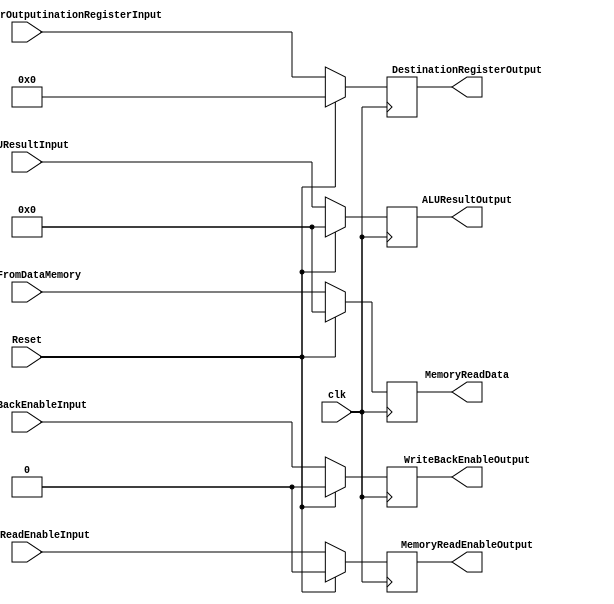
        module MemoryToWriteBackPipelineRegister (
		//inputs
		clk, 
		Reset, 
		//Write Back enable
		WriteBackEnableInput,
		//Data going to DestinationRegisterOutputinationRegisterInputation register came from memory not directly from ALU ex(Load)
		MemoryReadEnableInput,
		//Passing  ALU Result incase result is written into DestinationRegisterOutputinationRegisterInputation register directly from ALU
		ALUResultInput, 
		//Data coming from data memory
		DataFromDataMemory, 
		//DestinationRegisterOutputinationRegisterInputation register if there is a write back
		//egry warahaaaa
		DestinationRegisterOutputinationRegisterInput,
       // Outputs
		WriteBackEnableOutput,    
        
		MemoryReadEnableOutput,    
        
		ALUResultOutput,   
        
		MemoryReadData, 
		
        DestinationRegisterOutput);

  input clk, Reset;
  input WriteBackEnableInput, MemoryReadEnableInput;
  input [4:0] DestinationRegisterOutputinationRegisterInput;
  input [31:0] ALUResultInput, DataFromDataMemory;

  output reg WriteBackEnableOutput, MemoryReadEnableOutput;
  output reg [4:0] DestinationRegisterOutput;
  output reg [31:0] ALUResultOutput, MemoryReadData;

  always @ (posedge clk) begin
    if (!Reset) begin
    
      WriteBackEnableOutput <= WriteBackEnableInput;
      MemoryReadEnableOutput <= MemoryReadEnableInput;
      DestinationRegisterOutput <= DestinationRegisterOutputinationRegisterInput;
      ALUResultOutput <= ALUResultInput;
      MemoryReadData <= DataFromDataMemory;
    
    end
    else begin
    
      WriteBackEnableOutput <= 0;
      MemoryReadEnableOutput <= 0;
      DestinationRegisterOutput <= 4'd0;
      ALUResultOutput <= 32'd0;
      MemoryReadData <= 32'd0;
    end
  end
endmodule